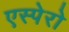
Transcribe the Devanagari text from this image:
एस्पेरो